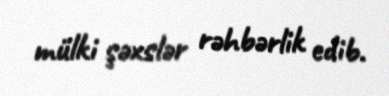
mülki şəxslər rəhbərlik edib.